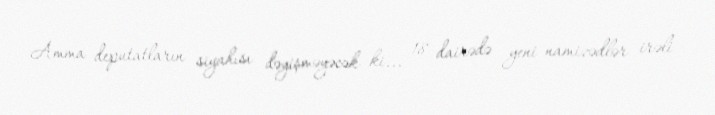
Amma deputatların siyahısı dəyişməyəcək ki... 18 dairədə yeni namizədlər irəli